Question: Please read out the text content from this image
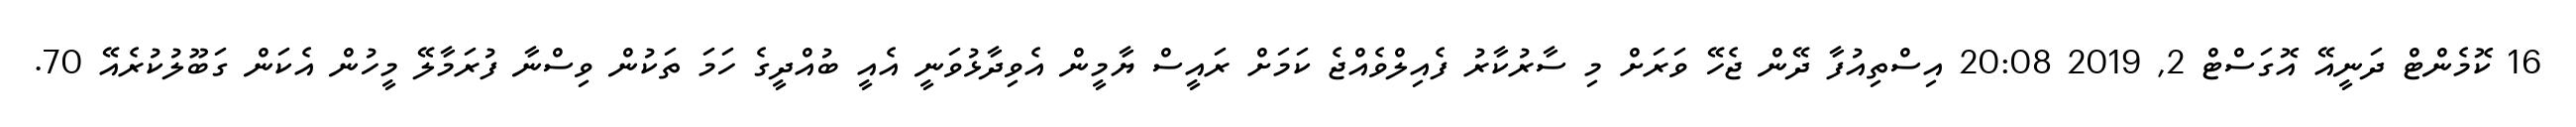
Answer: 16 ކޮމެންޓް ދަނީއޭ އޮގަސްޓް 2, 2019 20:08 އިސްތިއުފާ ދޭން ޖެހޭ ވަރަށް މި ސާރުކާރު ފެއިލްވެއްޖެ ކަމަށް ރައީސް ޔާމީން އެވިދާޅުވަނީ އެއީ ބުއްދީގެ ހަމަ ތަކުން ވިސްނާ ފުރަމާލޭ މީހުން އެކަން ގަބޫލުކުރެއޭ 70.